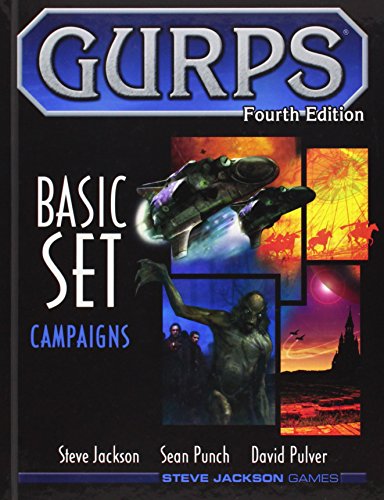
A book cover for GURPS BASIC SET Campaigns (GURPS: Generic Universal Role Playing System); Steve Jackson; Science Fiction & Fantasy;